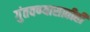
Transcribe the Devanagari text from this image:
गुंतवण्‍यासाठीही